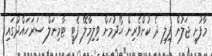
މާފުށީ ޖަލުން ފިލި ދެ ކުށްވެރިން ހޯދުމަށް ވިލިމާލޭ ފެޓީ ޓާމިނަލް ސަރަހައްދުގައި